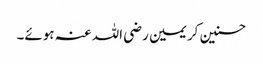
حسنین کریمین رضی اللہ عنہ ہوئے۔